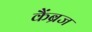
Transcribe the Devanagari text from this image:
कैंब्रज